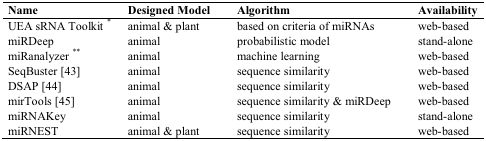
<table><thead><tr><td><b>Name</b></td><td><b>Designed Model</b></td><td><b>Algorithm</b></td><td><b>Availability</b></td></tr></thead><tbody><tr><td>UEA sRNA Toolkit <sup>*</sup></td><td>animal &amp; plant</td><td>based on criteria of miRNAs</td><td>web-based</td></tr><tr><td>miRDeep</td><td>animal</td><td>probabilistic model</td><td>stand-alone</td></tr><tr><td>miRanalyzer <sup>**</sup></td><td>animal</td><td>machine learning</td><td>web-based</td></tr><tr><td>SeqBuster [43]</td><td>animal</td><td>sequence similarity</td><td>web-based</td></tr><tr><td>DSAP [44]</td><td>animal</td><td>sequence similarity</td><td>web-based</td></tr><tr><td>mirTools [45]</td><td>animal</td><td>sequence similarity &amp; miRDeep</td><td>web-based</td></tr><tr><td>miRNAKey</td><td>animal</td><td>sequence similarity</td><td>stand-alone</td></tr><tr><td>miRNEST</td><td>animal &amp; plant</td><td>sequence similarity</td><td>web-based</td></tr></tbody></table>